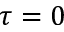
\tau = 0